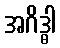
အဂိဒ္ဓါ